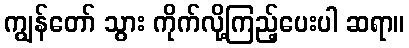
ကျွန်တော် သွား ကိုက်လို့ကြည့်ပေးပါ ဆရာ။